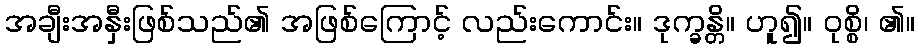
အချီးအနှီးဖြစ်သည်၏ အဖြစ်ကြောင့် လည်းကောင်း။ ဒုက္ခန္တိ။ ဟူ၍။ ဝုစ္စိ၊ ၏။